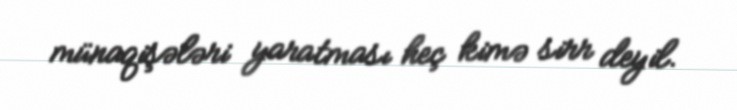
münaqişələri yaratması heç kimə sirr deyil.